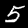
Label: 5